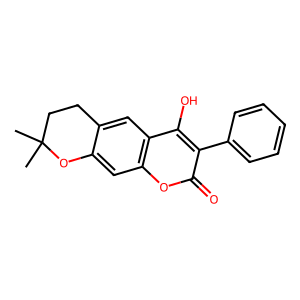
SMILES: CC1(C)CCc2cc3c(O)c(-c4ccccc4)c(=O)oc3cc2O1
Inhibits HIV replication: No